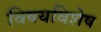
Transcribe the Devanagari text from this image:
विषयविशेष